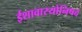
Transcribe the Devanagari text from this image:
ईशावास्योनिषद